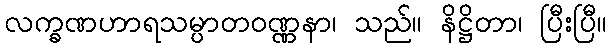
လက္ခဏဟာရသမ္ပာတဝဏ္ဏနာ၊ သည်။ နိဋ္ဌိတာ၊ ပြီးပြီ။